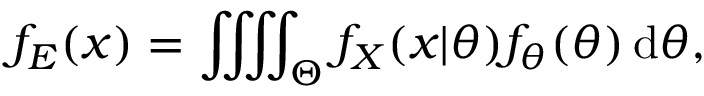
f _ { E } ( x ) = \iiiint _ { \Theta } f _ { X } ( x | \theta ) f _ { \theta } ( \theta ) \, \mathrm d \theta ,